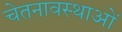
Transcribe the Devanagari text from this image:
चेतनावस्थाओं